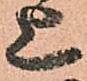
上